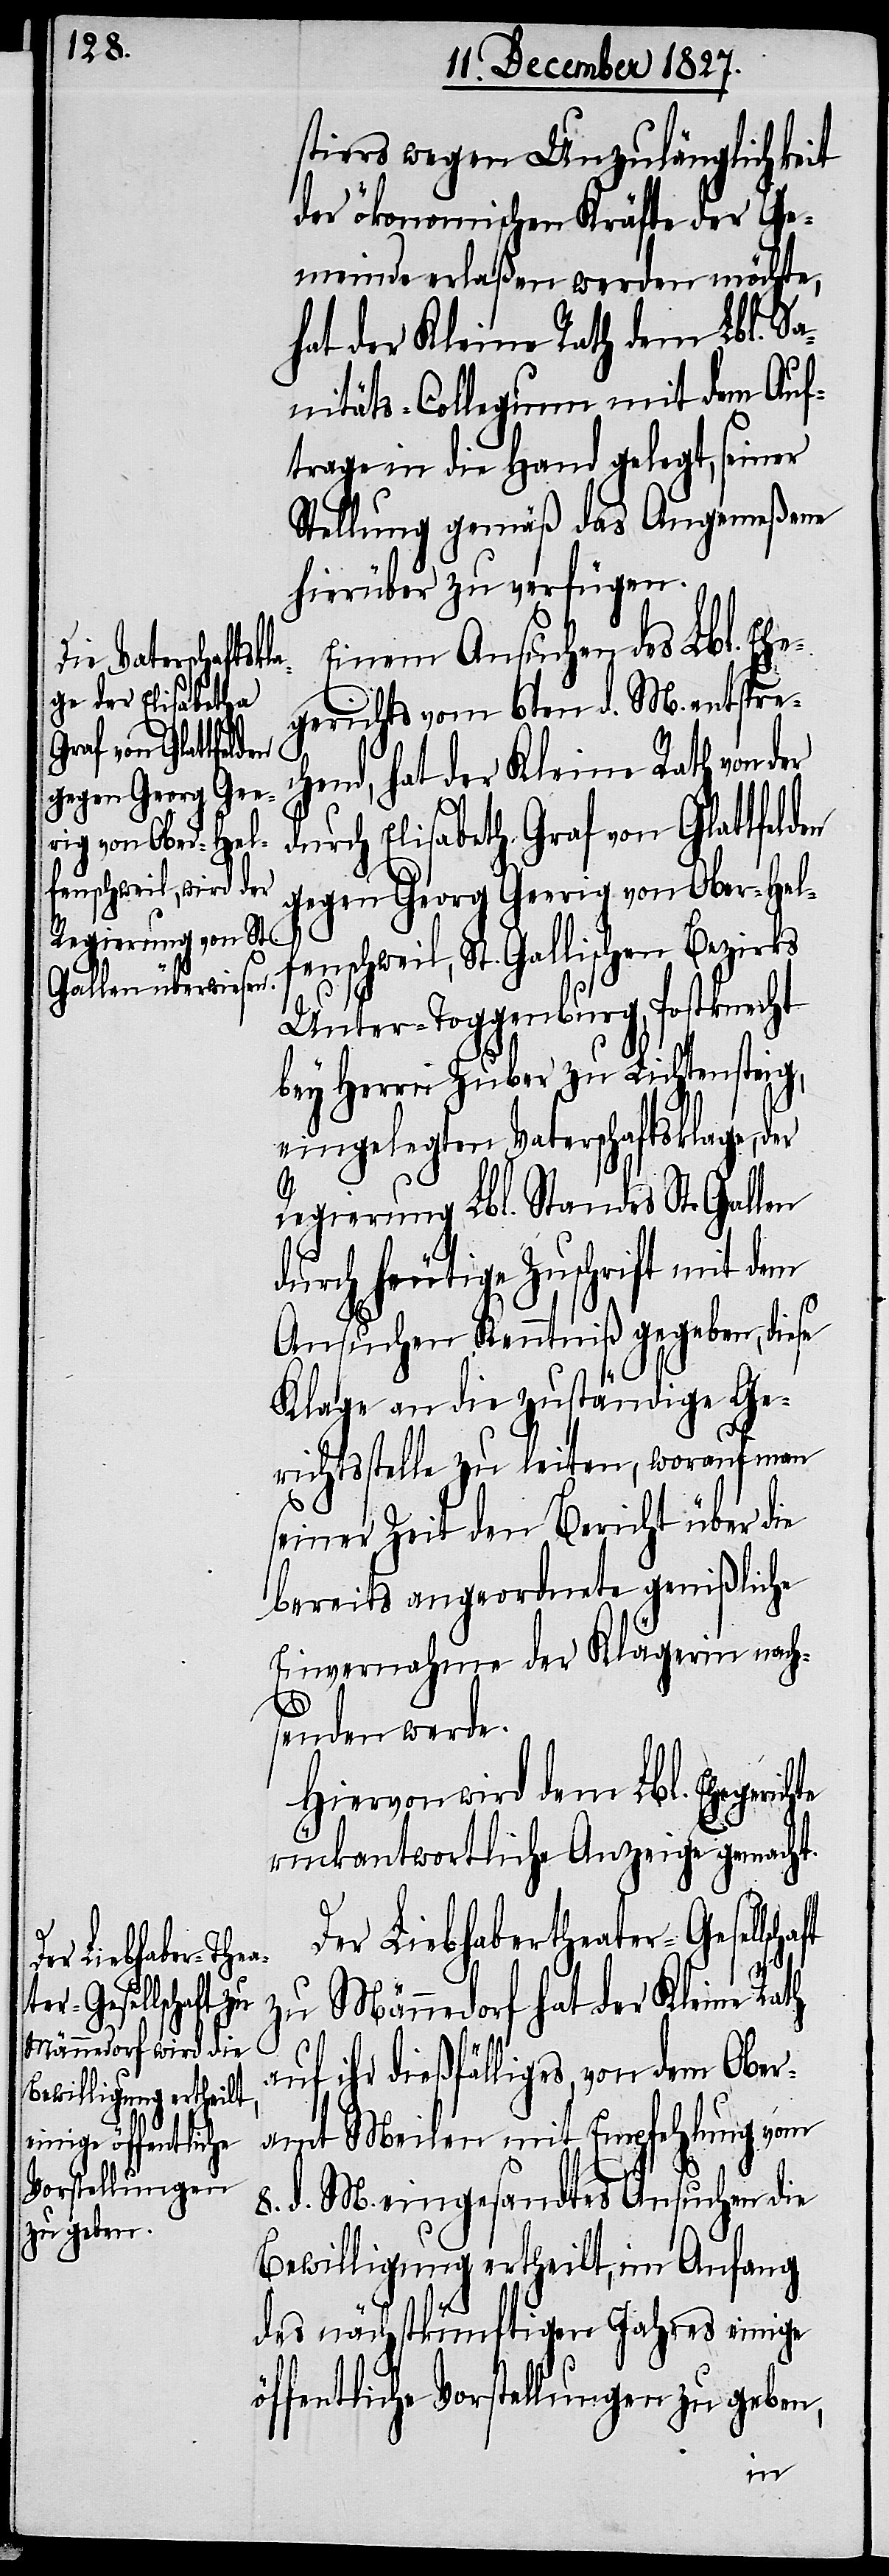
Vorstellungen
zu geben,

stiers wegen Unzulänglichkeit
der ökonomischen Kräfte der Ge¬
meinde erlaßen werden möchte,
hat der Kleine Rath dem Lbl. Sa¬
nitäts-Collegium mit dem Auf¬
trage in die Hand gelegt, seiner
Stellung gemäß das Angemeßene
hierüber zu verfügen.
Einem Ansuchen des Lbl. Ehe¬
gerichts vom 6ten d. M. entspre¬
chend, hat der Kleine Rath von der
durch Elisabetha Graf von Glattfeld¬
gegen Georg Geerig von Ober-Helf¬
enschweil, St. Gallischen Bezirks
Unter-Toggenburg, Postknecht
bey Herrn Zuber zu Lichtensteig,
eingelegten Vaterschaftsklage, der
Regierung Lbl. Standes St. Gallen
durch heutige Zuschrift mit dem
Ansuchen Kenntniß gegeben, diese
Klage an die zuständige Ge¬
richtsstelle zu leiten, worauf man
seiner Zeit den Bericht über die
bereits angeordnete genißliche
Einvernahme der Klägerin nach¬
senden werde.
Hiervon wird dem Lbl. Ehegeric¬
rückantwortlich Anzeige gemacht.
Der Liebhabertheater-Gesells¬
zu Männedorf hat der Kleine Rath
auf ihr dießfälliges, von dem Ober¬
amt Meilen mit Empfehlung vom
8. d. M. eingesandtes Ansuchen die
Bewilligung ertheilt, im Anfang
chaft
des nächstkünftigen Jahres einige
en